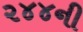
૨૪૪ની